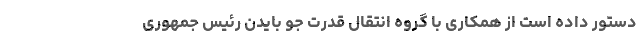
دستور داده است از همکاری با گروه انتقال قدرت جو بایدن رئیس جمهوری